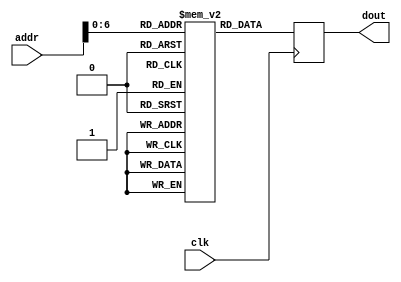
module im( addr, dout,clk );
    input clk;
    input [7:0] addr;
    output reg [31:0] dout;
    
    reg [31:0] imem[127:0];
   
initial
begin
imem[0]=32'h341d000c;
imem[1]	=32'h34021234;
imem[2]	=32'h34033456;
imem[3]	=32'h432021;
imem[4]	=32'h643023;
imem[5]	=32'hac020000;
imem[6]	=32'hac030004;
imem[7]	=32'hafa40004;
imem[8]	=32'h8c050000;
imem[9]	=32'h10450001;
imem[10]=32'h8fa30004;
imem[11]=32'h8c050004;
imem[12]=32'h1065fffd;
imem[13]=32'h0c000c0e;
imem[14]=32'h00c23023;
imem[15]=32'hafa6fffc;
imem[16]=32'h1064ffff;
end

// initial 
// $readmemh( "code.txt" , imem) ;

 
 always@(posedge clk)
    dout = imem[addr];
    
endmodule